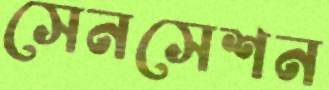
সেনসেশন